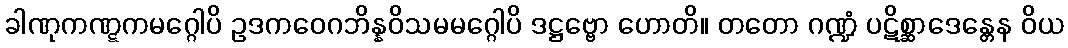
ခါဏုကဏ္ဋကမဂ္ဂေါပိ ဥဒကဝေဂဘိန္နဝိသမမဂ္ဂေါပိ ဒဋ္ဌဗ္ဗော ဟောတိ။ တတော ဂဏ္ဍံ ပဋိစ္ဆာဒေန္တေန ဝိယ